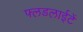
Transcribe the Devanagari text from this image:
फ्लडलाईटें